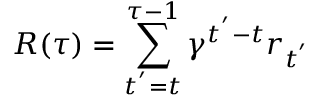
R ( \tau ) = \sum _ { t ^ { ' } = t } ^ { \tau - 1 } \gamma ^ { t ^ { ' } - t } r _ { t ^ { ' } }